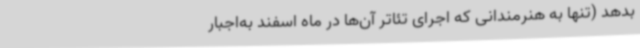
بدهد (تنها به هنرمندانی که اجرای تئاتر آن‌ها در ماه اسفند به‌اجبار